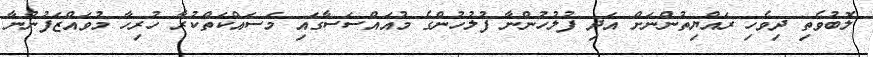
ލޮބުވެތި ދިވެހި ރައްޔިތުންނަށް އަދި ފުލުހުންނާ ފުލުހުންގެ މުއައްސަސާގައި މަސައްކަތްކުރާ ހުރިހާ މުވައްޒަފުންނާ